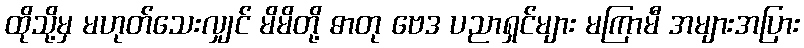
ထိုသို့မှ မဟုတ်သေးလျှင် မိမိတို့ ဓာတု ဗေဒ ပညာရှင်များ မကြာမီ အများအပြား